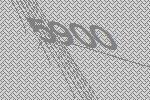
5900